Sanitation, dispensaries and jails vaccination Rajputana 1922-1927 - 1922-1927
Year: 1922
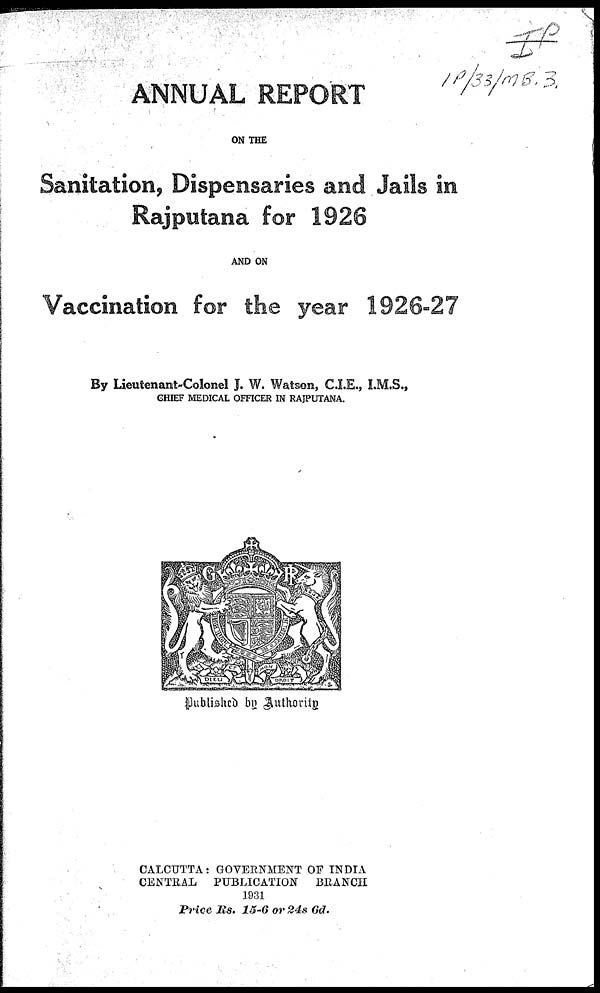
ANNUAL REPORT
ON THE
Sanitation, Dispensaries and Jails in
Rajputana for 1926
AND ON
Vaccination for the year 1926-27
By Lieutenant-Colonel J. W. Watson, C.I.E., I.M.S.,
CHIEF MEDICAL OFFICER IN RAJPUTANA.
Published by Authority
CALCUTTA: GOVERNMENT OF INDIA
CENTRAL PUBLICATION BRANCH
1931
Price Rs. 15-6 or 24s 6d.